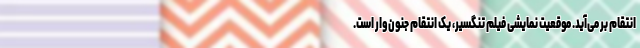
انتقام بر می‌آید. موقعیت نمایشی فیلم تنگسیر، یک انتقام جنون‌وار است.